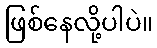
ဖြစ်နေလို့ပါပဲ။